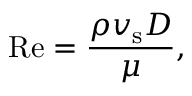
\mathrm { R e } = { \frac { \rho v _ { \mathrm { s } } D } { \mu } } ,